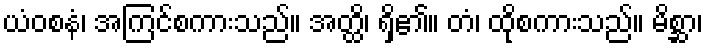
ယံဝစနံ၊ အကြင်စကားသည်။ အတ္ထိ၊ ရှိ၏။ တံ၊ ထိုစကားသည်။ မိစ္ဆာ၊